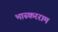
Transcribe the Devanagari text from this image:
भास्करराम